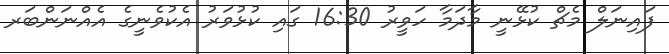
ފައިނަލް މެޗް ކުޅޭނީ މާދަމާ ހަވީރު 16:30 ގައި ކުޅުވަރު އެކުވެނީގެ އެއްނަންބަރ